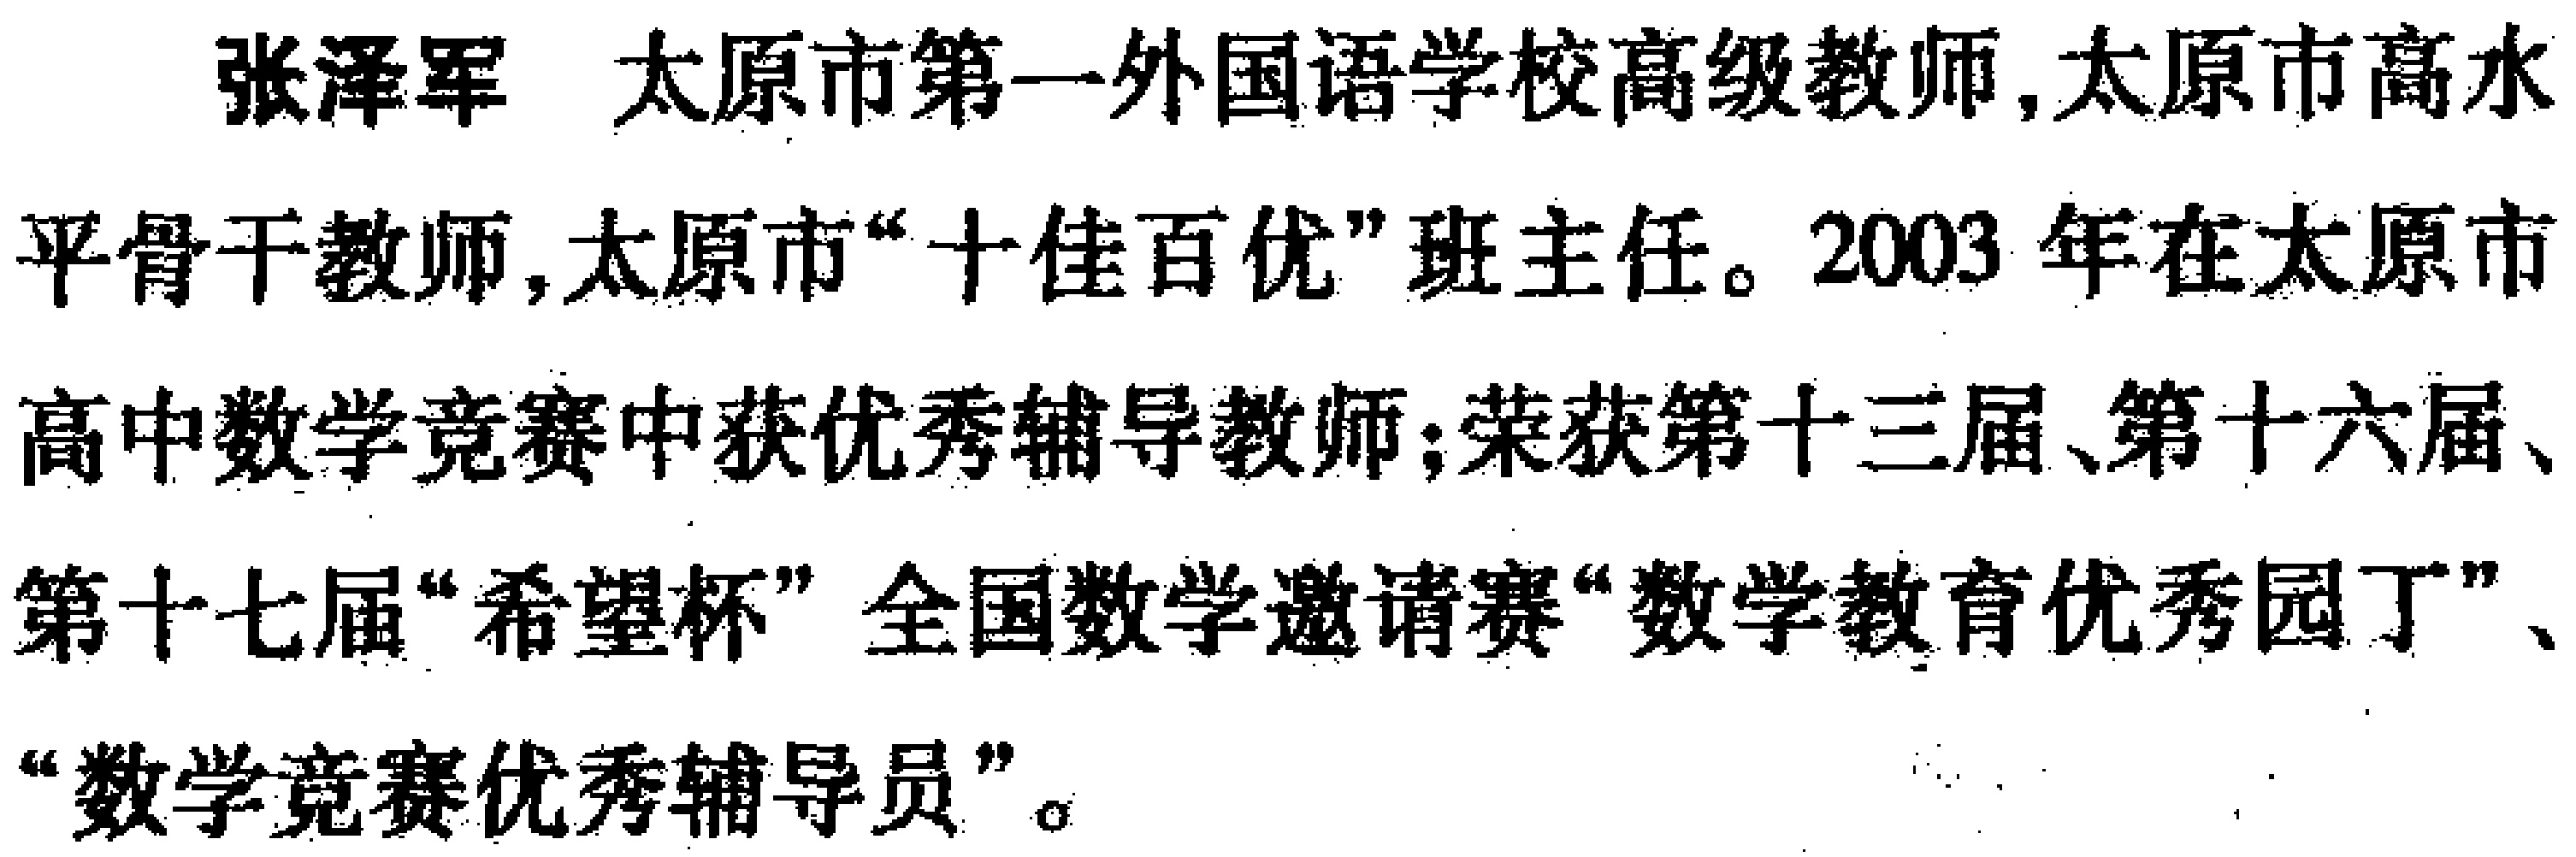
张泽军 太原市第一外国语学校高级教师,太原市高水

平骨干教师,太原市“十佳百优”班主任。2003 年在太原市

高中数学竞赛中获优秀辅导教师;荣获第十三届、第十六届、

第十七届“希望杯”全国数学邀请赛“数学教育优秀园丁”、

“数学竞赛优秀辅导员”。